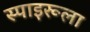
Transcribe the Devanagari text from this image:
स्पाइरूला